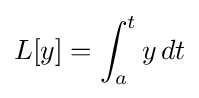
L[y]=\int _{a}^{t}y\,dt